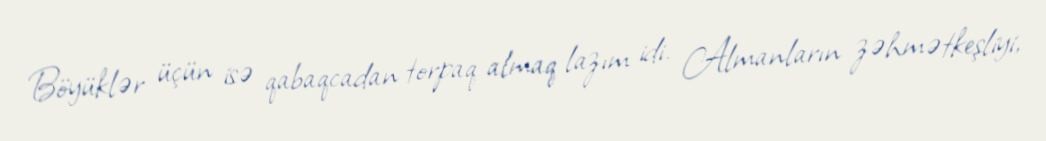
Böyüklər üçün isə qabaqcadan torpaq almaq lazım idi. Almanların zəhmətkeşliyi,